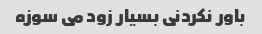
باور نکردنی بسیار زود می سوزه